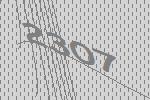
2307